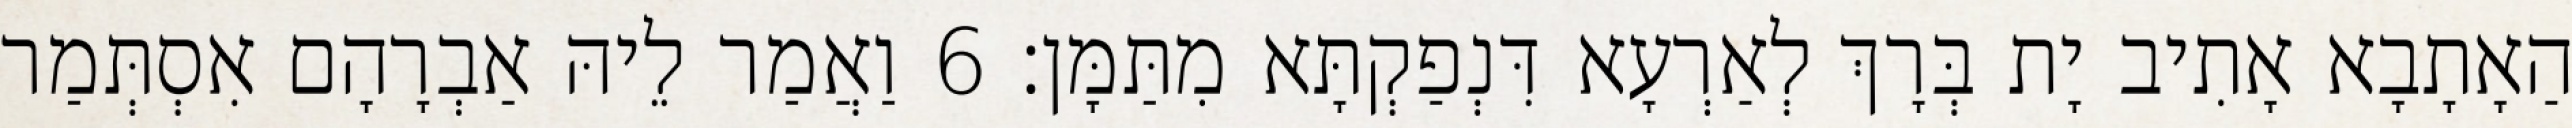
הַאָתָבָא אָתִיב יָת בְּרָךְ לְאַרְעָא דִּנְפַקְתָּא מִתַּמָּן׃ 6 וַאֲמַר לֵיהּ אַבְרָהָם אִסְתְּמַר